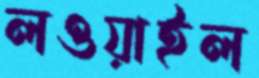
লওয়াইল